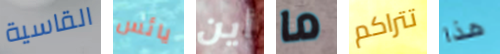
القاسية يائس أين ما تتراكم هذا